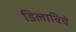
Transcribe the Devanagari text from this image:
डिलाविचे